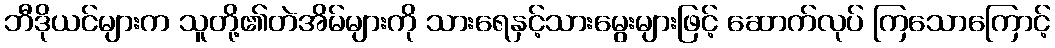
ဘီဒိုယင်များက သူတို့၏တဲအိမ်များကို သားရေနှင့်သားမွေးများဖြင့် ဆောက်လုပ် ကြသောကြောင့်